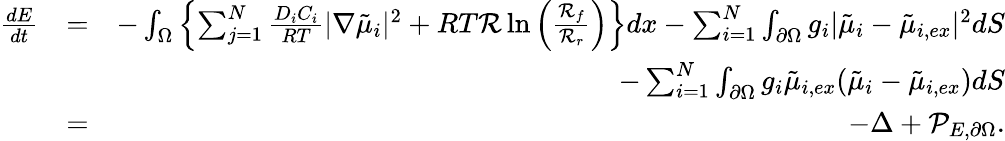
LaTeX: \begin{array}{rlr}{\frac{dE}{dt}}&{=}&{-\int_{\Omega}\left\{ \sum_{j=1}^{N}\frac{D_{i}C_{i}}{RT}|\nabla\tilde{\mu}_{i}|^{2}+RT\mathcal{R}\ln\left(\frac{\mathcal{R}_{f}}{\mathcal{R}_{r}}\right)\right\} dx-\sum_{i=1}^{N}\int_{\partial\Omega}g_{i}|\tilde{\mu}_{i}-\tilde{\mu}_{i,ex}|^{2}dS}\\ &{}&{-\sum_{i=1}^{N}\int_{\partial\Omega}g_{i}\tilde{\mu}_{i,ex}(\tilde{\mu}_{i}-\tilde{\mu}_{i,ex})dS}\\ &{=}&{-\Delta+\mathcal{P}_{E,\partial\Omega}.}\end{array}